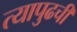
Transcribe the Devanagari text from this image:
त्यापुढची